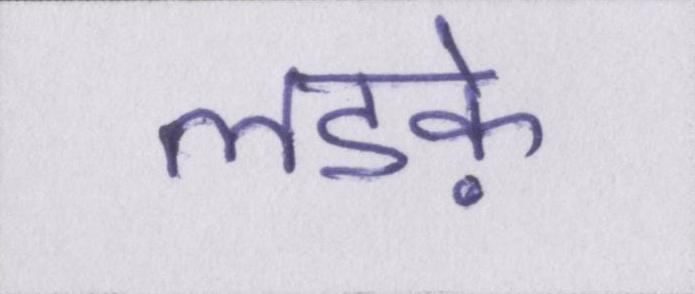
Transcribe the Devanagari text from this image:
लडक़े